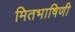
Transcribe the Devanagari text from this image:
मितभाषिणी